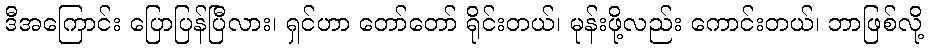
ဒီအကြောင်း ပြောပြန်ပြီလား၊ ရှင်ဟာ တော်တော် ရိုင်းတယ်၊ မုန်းဖို့လည်း ကောင်းတယ်၊ ဘာဖြစ်လို့